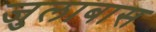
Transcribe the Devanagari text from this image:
जुलाबास